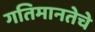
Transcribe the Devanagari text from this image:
गतिमानतेचे